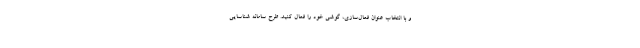
و با انتخاب عنوان فعال‌سازی، گوشی خود را فعال کنید. طرح سامانه شناسایی